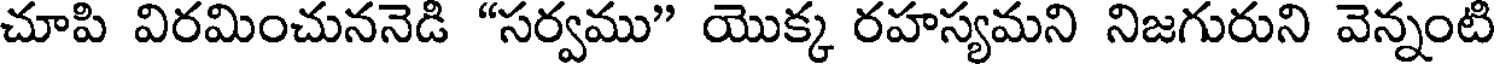
చూపి విరమించుననెడి "సర్వము" యొక్క రహస్యమని నిజగురుని వెన్నంటి